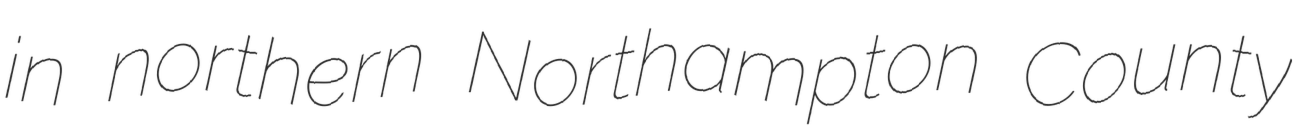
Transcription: in northern Northampton County